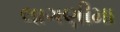
લાગણીમા